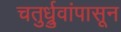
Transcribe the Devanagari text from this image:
चतुर्ध्रुवांपासून